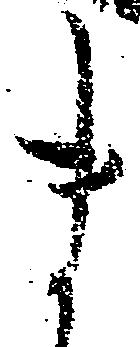
ま